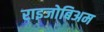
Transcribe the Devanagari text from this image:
राइजोबिअम